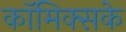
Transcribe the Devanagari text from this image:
कॉमिक्सके